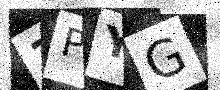
Text: 3PYG